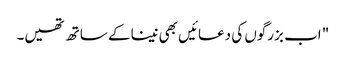
" اب بزرگوں کی دعائیں بھی نینا کے ساتھ تھیں۔